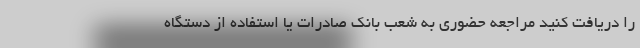
را دریافت کنید مراجعه حضوری به شعب بانک صادرات یا استفاده از دستگاه